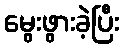
မွေးဖွားခဲ့ပြီး